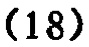
\((18)\)